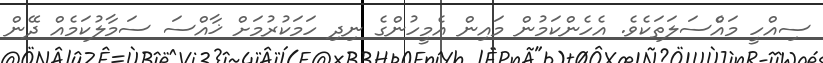
ސިއްހީ މައެްސަލަތަކެވެ. އެހެންކަމުން މައިން އެމީހުންގެ ނިދި ހަމަކުރުމަށް ޚާއްސަ ސަމާލުކަމެއް ދޭން